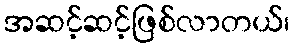
အဆင့်ဆင့်ဖြစ်လာတယ်၊